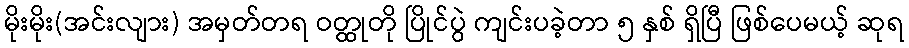
မိုးမိုး(အင်းလျား) အမှတ်တရ ဝတ္ထုတို ပြိုင်ပွဲ ကျင်းပခဲ့တာ ၅ နှစ် ရှိပြီ ဖြစ်ပေမယ့် ဆုရ